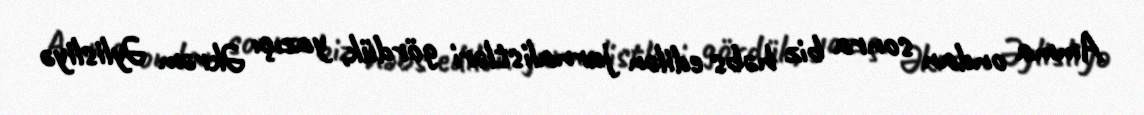
Amma ondan sonra biz həbs edilən jurnalistləri gördük, yazıçı Əkrəm Əylisliyə